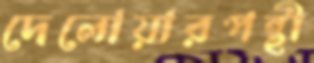
দেলোয়ারপন্থী